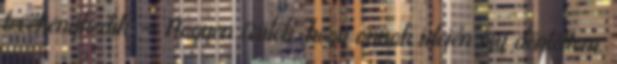
tevékenykedik. — Nagyon örülök, hogy annak idején így döntöttem.